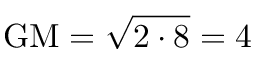
{ \mathrm { G M } } = { \sqrt { 2 \cdot 8 } } = 4